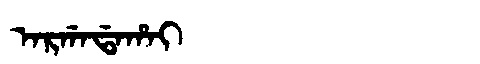
Manchu: ᠠᡵᡤᠠᡩᠠᡥᠠᡳ
Romanization: ARGADAHAI